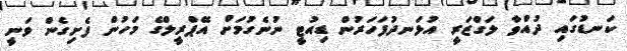
ކަނޑުގައި ދުއްވާ ލަގްޒަރީ އުޅަނދުފަހަރުން ޑިއުޓީ ނުނެގުމަށް އޭޕްރީލްގެ މަހުން ފެށިގެން ވަނީ